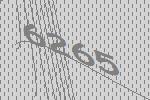
6265